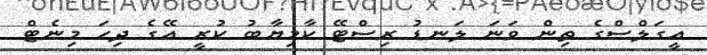
އީގަލްސްގެ ތިން ވަނަ ލަނޑު ރިސްޓޭ ކާމިޔާބު ކުރީ އޭގެ ދިހަ މިނެޓް